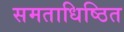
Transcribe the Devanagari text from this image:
समताधिष्ठित